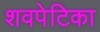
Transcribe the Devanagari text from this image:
शवपेटिका